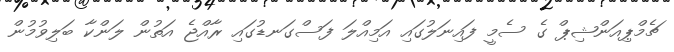
ޗެމްޕިއަންޝިޕް ގެ ސެމީ ފައިނަލުގައި އަމިއްލަ ފަސްގަނޑުގައި ރާއްޖެ އަތުން ލަންކާ ބަލިވުމުން